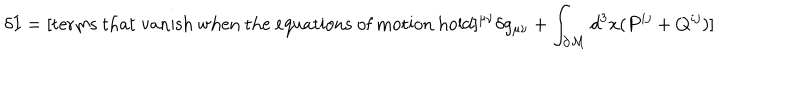
LaTeX: \delta I = [ \mathrm { t e r m s ~ t h a t ~ v a n i s h ~ w h e n ~ t h e ~ e q u a t i o n s ~ o f ~ m o t i o n ~ h o l d } ] ^ { \mu \nu } \delta g _ { \mu \nu } + \int _ { \partial { \cal M } } d ^ { 3 } x ( P ^ { i j } + Q ^ { i j } ) ]